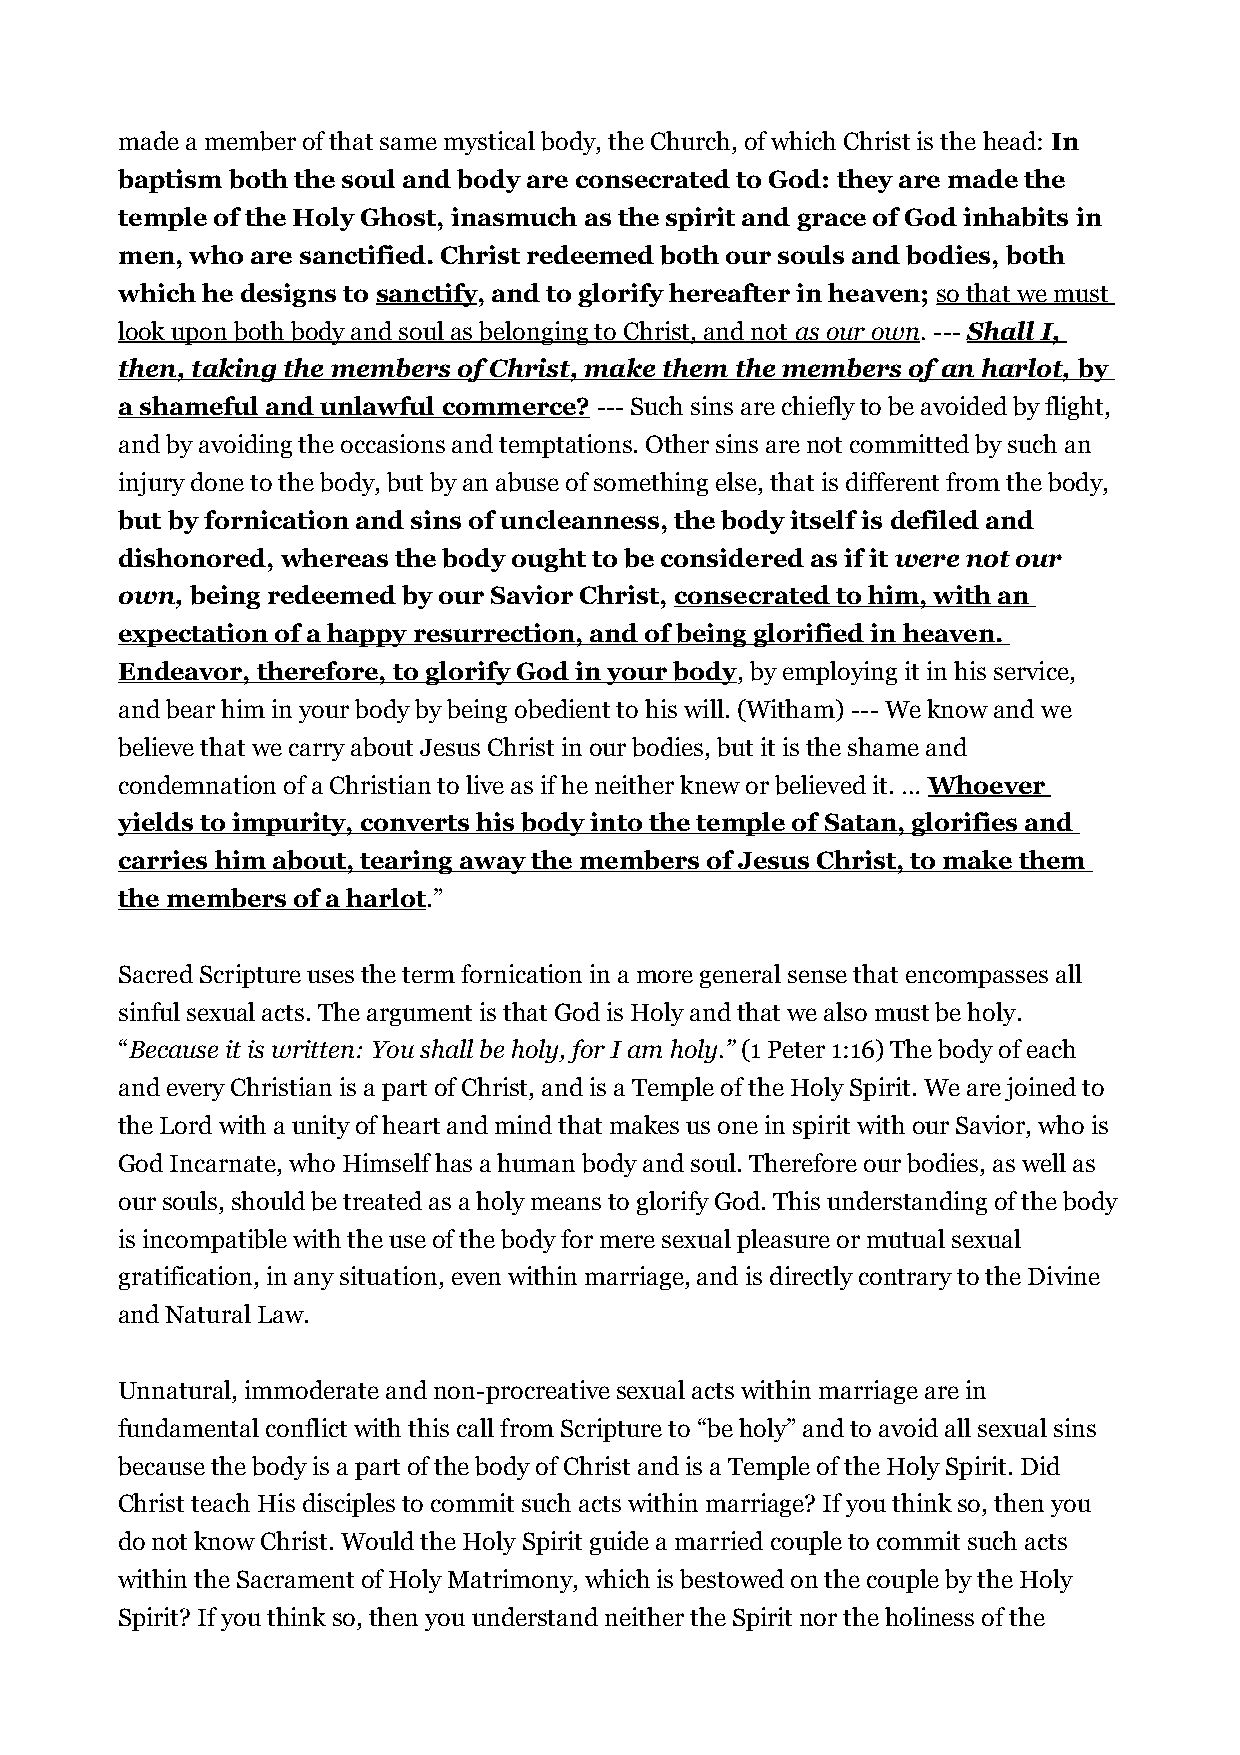
made a member of that same mystical body, the Church, of which Christ is the head: In
 baptism both the soul and body are consecrated to God: they are made the
 temple of the Holy Ghost, inasmuch as the spirit and grace of God inhabits in
 men, who are sanctified. Christ redeemed both our souls and bodies, both
 which he designs to sanctify, and to glorify hereafter in heaven; so that we must
 look upon both body and soul as belonging to Christ, and not as our own . --- Shall I,
 then, taking the members of Christ, make them the members of an harlot, by
 a shameful and unlawful commerce? --- Such sins are chiefly to be avoided by flight,
 and by avoiding the occasions and temptations. Other sins are not committed by such an
 injury done to the body, but by an abuse of something else, that is different from the body,
 but by fornication and sins of uncleanness, the body itself is defiled and
 dishonored, whereas the body ought to be considered as if it were not our
 own, being redeemed by our Savior Christ, consecrated to him, with an
 expectation of a happy resurrection, and of being glorified in heaven.
 Endeavor, therefore, to glorify God in your body, by employing it in his service,
 and bear him in your body by being obedient to his will. (Witham) --- We know and we
 believe that we carry about Jesus Christ in our bodies, but it is the shame and
 condemnation of a Christian to live as if he neither knew or believed it. … Whoever
 yields to impurity, converts his body into the temple of Satan, glorifies and
 carries him about, tearing away the members of Jesus Christ, to make them
 the members of a harlot.”
 Sacred Scripture uses the term fornication in a more general sense that encompasses all
 sinful sexual acts. The argument is that God is Holy and that we also must be holy.
 “Because it is written: You shall be holy, for I am holy.” (1 Peter 1:16) The body of each
 and every Christian is a part of Christ, and is a Temple of the Holy Spirit. We are joined to
 the Lord with a unity of heart and mind that makes us one in spirit with our Savior, who is
 God Incarnate, who Himself has a human body and soul. Therefore our bodies, as well as
 our souls, should be treated as a holy means to glorify God. This understanding of the body
 is incompatible with the use of the body for mere sexual pleasure or mutual sexual
 gratification, in any situation, even within marriage, and is directly contrary to the Divine
 and Natural Law.
 Unnatural, immoderate and non-procreative sexual acts within marriage are in
 fundamental conflict with this call from Scripture to “be holy” and to avoid all sexual sins
 because the body is a part of the body of Christ and is a Temple of the Holy Spirit. Did
 Christ teach His disciples to commit such acts within marriage? If you think so, then you
 do not know Christ. Would the Holy Spirit guide a married couple to commit such acts
 within the Sacrament of Holy Matrimony, which is bestowed on the couple by the Holy
 Spirit? If you think so, then you understand neither the Spirit nor the holiness of the